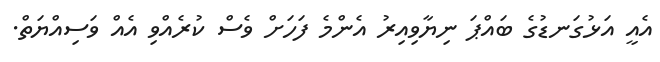
އެއީ އަޅުގަނޑުގެ ބައްޕަ ނިޔާވިއިރު އެންމެ ފަހަށް ވެސް ކުރެއްވި އެއް ވަސިއްޔަތް.